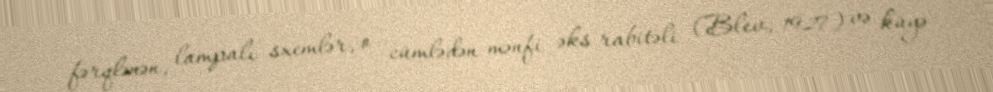
fərqlənən, lampalı sxemlər, o cümlədən mənfi əks rabitəli (Blev, 1927) və küyə